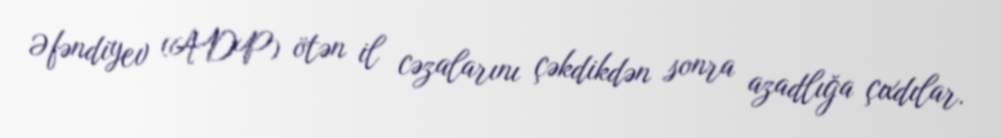
Əfəndiyev (ADP) ötən il cəzalarını çəkdikdən sonra azadlığa çıxdılar.